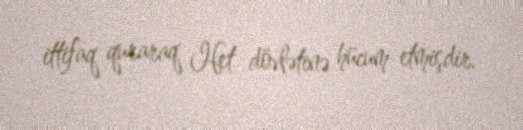
ittifaq quraraq Het dövlətinə hücum etmişdir.